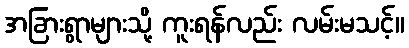
အခြားရွာများသို့ ကူးရန်လည်း လမ်းမသင့်။